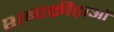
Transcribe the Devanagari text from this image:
शब्दक्रीड़ाओं